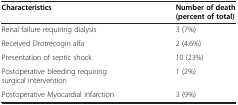
| Characteristics | Number of death (percent of total) |
 | --- | --- |
 | Renal failure requiring dialysis | 3 (7%) |
 | Received Drotrecogin alfa | 2 (4.6%) |
 | Presentation of septic shock | 10 (23%) |
 | Postoperative bleeding requiring surgical intervention | 1 (2%) |
 | Postoperative Myocardial infarction | 3 (9%) |